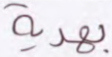
بهدية